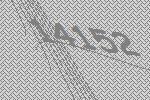
14152